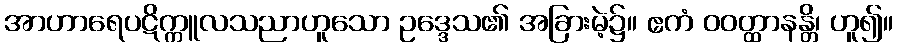
အာဟာရေပဋိက္ကူလသညာဟူသော ဥဒ္ဒေသ၏ အခြားမဲ့၌။ ဧကံ ဝဝတ္ထာနန္တိ၊ ဟူ၍။